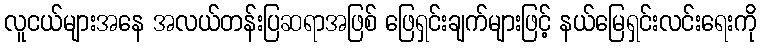
လူငယ်များအနေ အလယ်တန်းပြဆရာအဖြစ် ဖြေရှင်းချက်များဖြင့် နယ်မြေရှင်းလင်းရေးကို